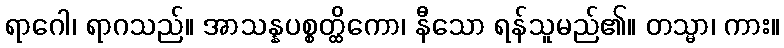
ရာဂေါ၊ ရာဂသည်။ အာသန္နပစ္စတ္ထိကော၊ နီသော ရန်သူမည်၏။ တသ္မာ၊ ကား။